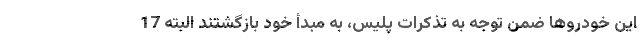
این خودروها ضمن توجه به تذکرات پلیس، به مبدأ خود بازگشتند البته 17